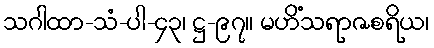
သဂါထာ-သံ-ပါ-၄၃၊ ဋ္ဌ-၉၇။ မဟိံသရာဇစရိယ၊